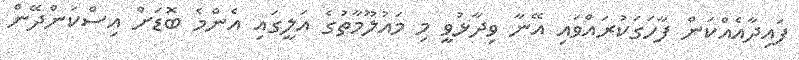
ފައިދާއެއްކަން ފާހަގަކުރައްވައި އޭނާ ވިދާޅުވީ މި މައުލޫމާތުގެ އަލީގައި އެންމެ ބޮޑަށް އިސްކަންދޭން